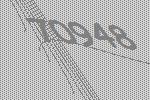
70948